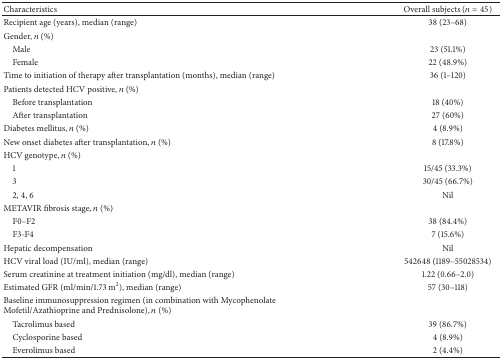
<table><thead><tr><td><b>Characteristics</b></td><td><b>Overall subjects (<i>n</i> = 45)</b></td></tr></thead><tbody><tr><td>Recipient age (years), median (range)</td><td>38 (23–68)</td></tr><tr><td>Gender, <i>n</i> (%)</td><td> </td></tr><tr><td> Male</td><td>23 (51.1%)</td></tr><tr><td> Female</td><td>22 (48.9%)</td></tr><tr><td>Time to initiation of therapy after transplantation (months), median (range)</td><td>36 (1–120)</td></tr><tr><td>Patients detected HCV positive, <i>n</i> (%)</td><td> </td></tr><tr><td> Before transplantation</td><td>18 (40%)</td></tr><tr><td> After transplantation</td><td>27 (60%)</td></tr><tr><td>Diabetes mellitus, <i>n</i> (%)</td><td>4 (8.9%)</td></tr><tr><td>New onset diabetes after transplantation, <i>n</i> (%)</td><td>8 (17.8%)</td></tr><tr><td>HCV genotype, <i>n</i> (%)</td><td> </td></tr><tr><td> 1</td><td>15/45 (33.3%)</td></tr><tr><td> 3</td><td>30/45 (66.7%)</td></tr><tr><td> 2, 4, 6</td><td>Nil</td></tr><tr><td>METAVIR fibrosis stage, <i>n</i> (%)</td><td> </td></tr><tr><td> F0–F2</td><td>38 (84.4%)</td></tr><tr><td> F3-F4</td><td>7 (15.6%)</td></tr><tr><td>Hepatic decompensation</td><td>Nil</td></tr><tr><td>HCV viral load (IU/ml), median (range)</td><td>542648 (1189–55028534)</td></tr><tr><td>Serum creatinine at treatment initiation (mg/dl), median (range)</td><td>1.22 (0.66–2.0)</td></tr><tr><td>Estimated GFR (ml/min/1.73 m<sup>2</sup>), median (range)</td><td>57 (30–118)</td></tr><tr><td>Baseline immunosuppression regimen (in combination with Mycophenolate Mofetil/Azathioprine and Prednisolone), <i>n</i> (%)</td><td> </td></tr><tr><td> Tacrolimus based</td><td>39 (86.7%)</td></tr><tr><td> Cyclosporine based</td><td>4 (8.9%)</td></tr><tr><td> Everolimus based</td><td>2 (4.4%)</td></tr></tbody></table>